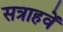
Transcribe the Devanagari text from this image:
सत्राहवें